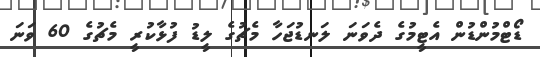
ޑޯޓްމުންޑުން އެޓީމުގެ ދެވަނަ ލަނޑުޖަހާ މެޗުގެ ލީޑު ފުޅާކުރީ މެޗުގެ 60 ވަނަ